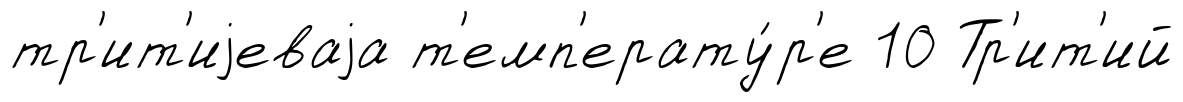
тр'ит'иjеваjа т'емп'ерату́р'е 10 Тр'ит'ий